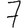
Digit: 7